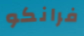
فرانكو